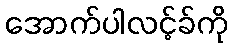
အောက်ပါလင့်ခ်ကို